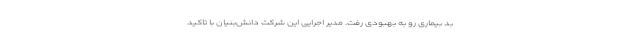
بد بیماری رو به بهبودی رفت. مدیر اجرایی این شرکت دانش‌بنیان با تاکید